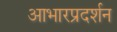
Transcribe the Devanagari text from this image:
आभारप्रदर्शन